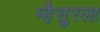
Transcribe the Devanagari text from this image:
म्हैसुरला